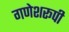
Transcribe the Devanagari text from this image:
गणेशरूपी